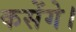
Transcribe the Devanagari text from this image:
कसेंगे।